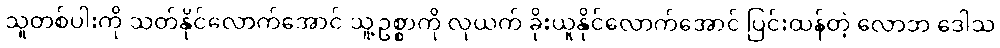
သူတစ်ပါးကို သတ်နိုင်လောက်အောင် သူ့ဥစ္စာကို လုယက် ခိုးယူနိုင်လောက်အောင် ပြင်းထန်တဲ့ လောဘ ဒေါသ